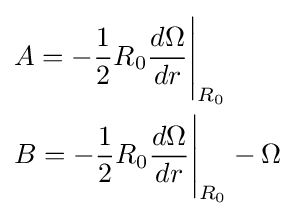
{\begin{aligned}&A=-{\frac {1}{2}}R_{0}{\frac {d\Omega }{dr}}{\Bigg \vert }_{R_{0}}\\&B=-{\frac {1}{2}}R_{0}{\frac {d\Omega }{dr}}{\Bigg \vert }_{R_{0}}-\Omega \\\end{aligned}}